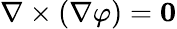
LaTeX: \nabla\times(\nabla\varphi)=\mathbf{0}